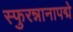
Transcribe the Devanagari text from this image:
स्फुरन्नानापद्मे